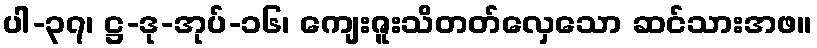
ပါ-၃၇၊ ဋ္ဌ-ဒု-အုပ်-၁၆၊ ကျေးဇူးသိတတ်လှေသော ဆင်သားအဖ။